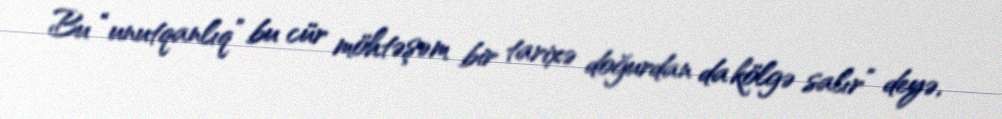
Bu “unutqanlıq” bu cür möhtəşəm bir tarixə doğurdan da kölgə salır” deyə,